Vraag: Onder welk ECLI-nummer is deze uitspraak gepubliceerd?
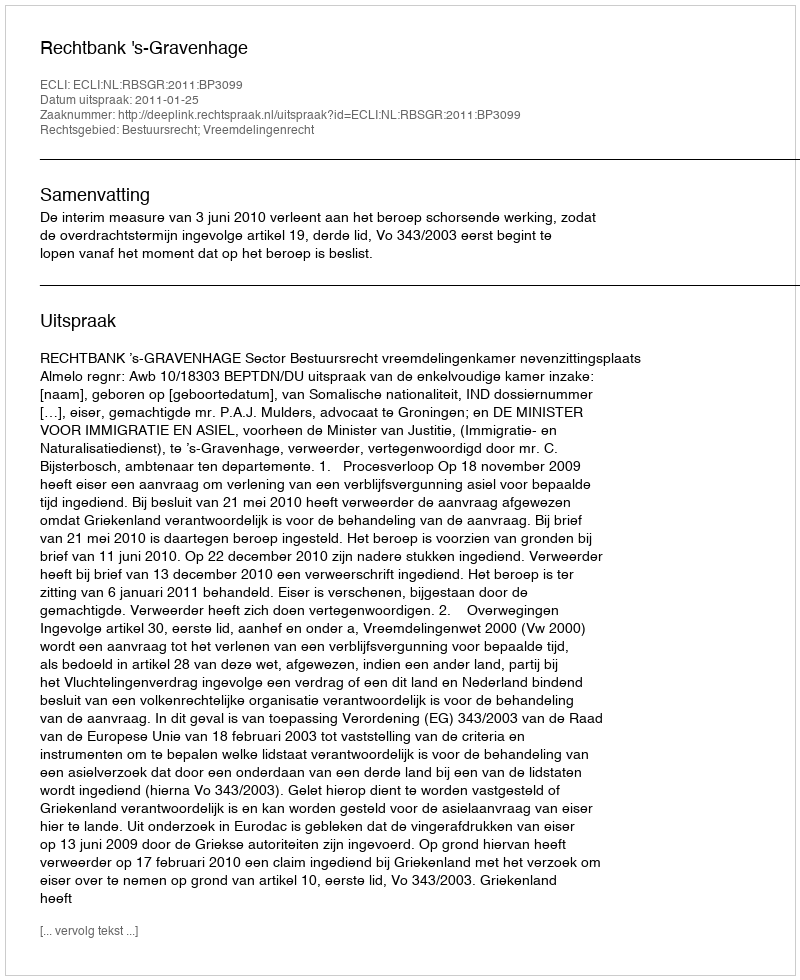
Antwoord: ECLI:NL:RBSGR:2011:BP3099